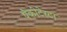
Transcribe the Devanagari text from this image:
पैकीटेस्टा